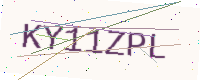
Text: KY11ZPL